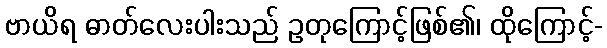
ဗာယိရ ဓာတ်လေးပါးသည် ဥတုကြောင့်ဖြစ်၏၊ ထိုကြောင့်-